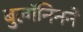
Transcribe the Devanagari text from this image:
बुल्गॅनिनने